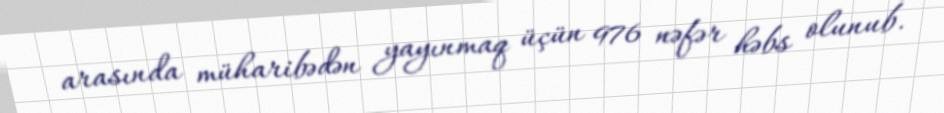
arasında müharibədən yayınmaq üçün 976 nəfər həbs olunub.